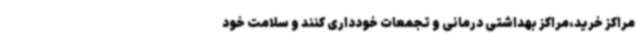
مراکز خرید،مراکز بهداشتی درمانی و تجمعات خودداری کنند و سلامت خود